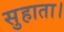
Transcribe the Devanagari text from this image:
सुहाता।